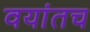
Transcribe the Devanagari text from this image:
वयांतच